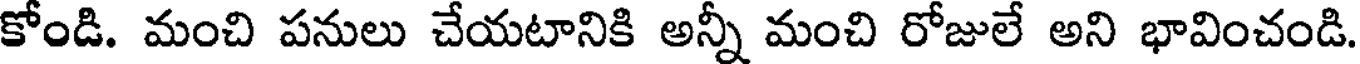
కోండి. మంచి పనులు చేయటానికి అన్నీ మంచి రోజులే అని భావించండి.